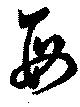
母